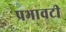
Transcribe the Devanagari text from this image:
प्रभावटी